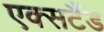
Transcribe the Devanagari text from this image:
एक्सटैंड